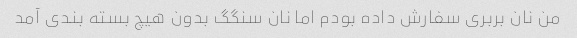
من نان بربری سفارش داده بودم اما نان سنگگ بدون هیچ بسته بندی آمد